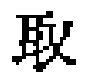
取